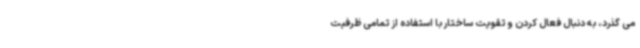
می گذرد، به دنبال فعال کردن و تقویت ساختار با استفاده از تمامی ظرفیت